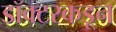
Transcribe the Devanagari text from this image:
डॉक्‍टरकडून